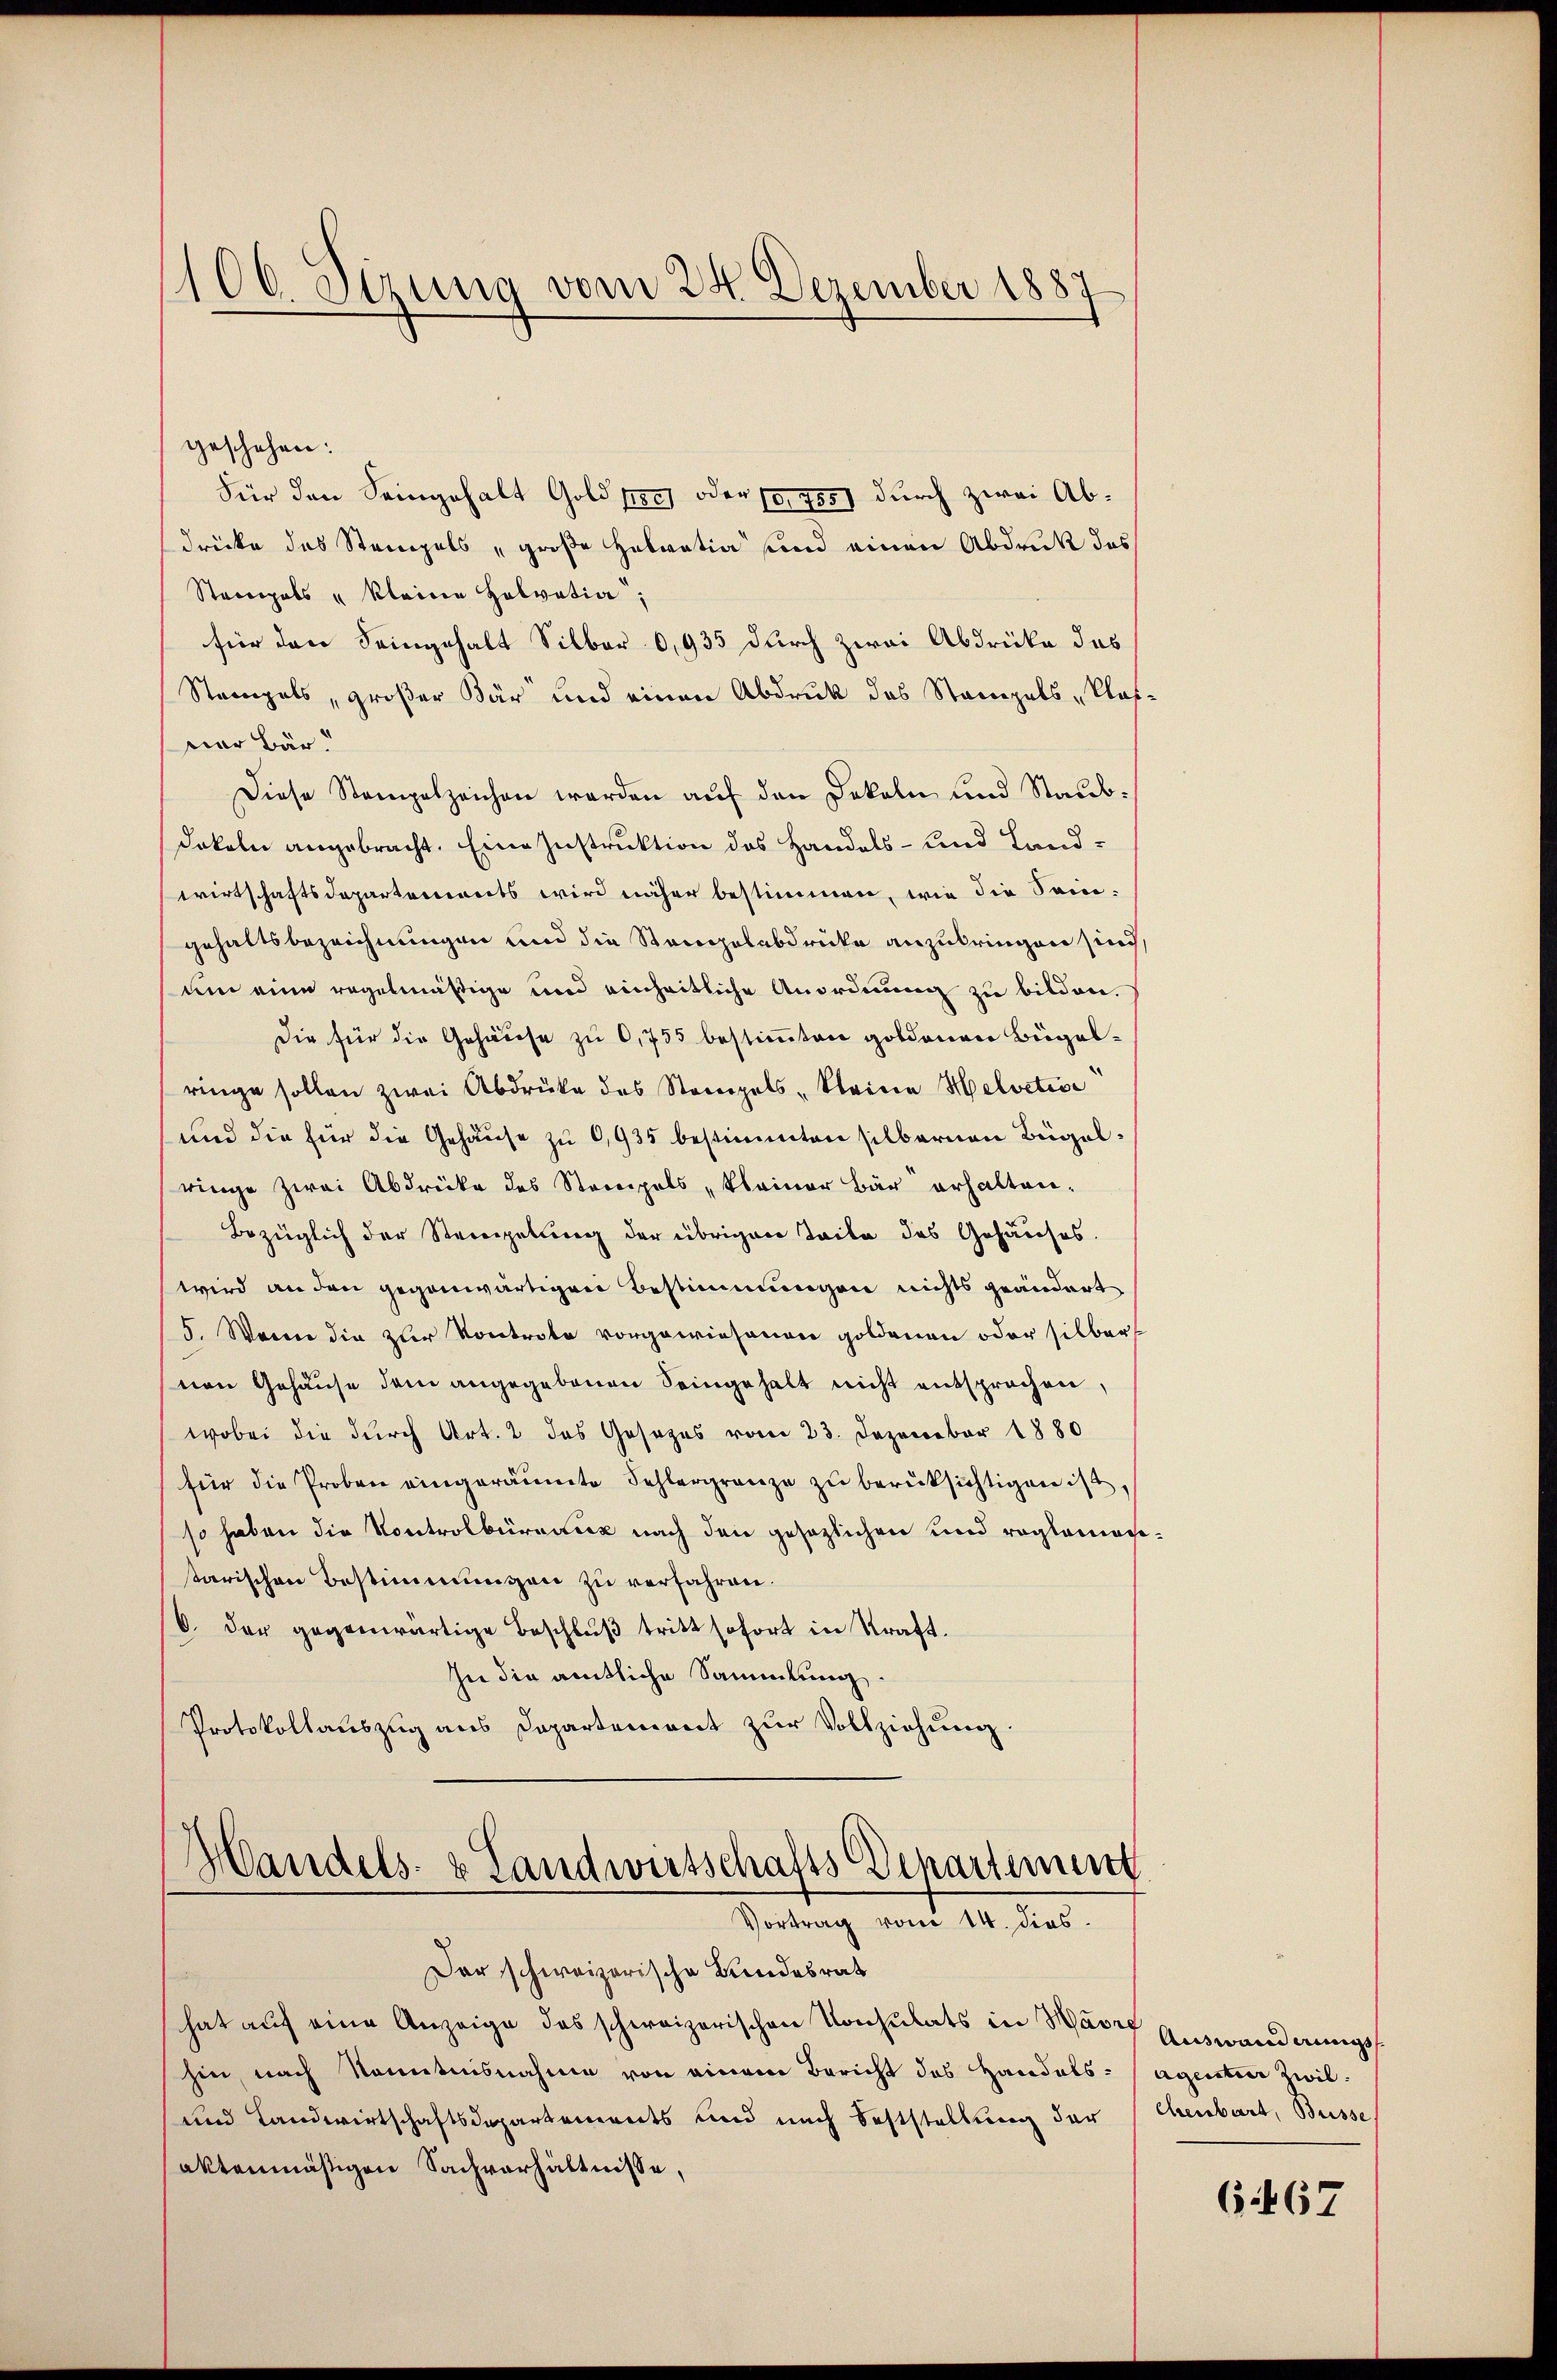
106. Sezung vom 24. Dezember 1887

geschehen:
Für den Seingehalt Gold pres oder fr. 705 durch zwei Abdrücke das Stempels „große Helvetia und einen Abdruk des
Strcopals " Kleine Helvetia,
für den Seingehalt Silber 0,935 durch zwei Abdrücke das
Stempels, großer Bär und einen Abdruck des Stampals „Plaf
ner Bär
Diese Stempelzeichen werden auf den Dokaln und Staubdokeln angebracht. Eine Instruktion des Handels- und Landwirtschaftsdepartements wird näher bestimmen, wie die Seingehaltsbezeichnungen und die Standelabdrücke anzubringen sind,
um eine regelmäßige und einheitliche Anordnung zu bilden.
Die für die Gehäuse zu 6,755 bestimmten goldenen Beigalringe sollen zwei Abdrüke des Stempels - Kleine Helvetice
und die für die Gehäuse zu 6,935 bestimmten silbernen Bügelringe zwei Abdrüke des Stempels kleiner Bär erhalten.
Bezüglich der Steingebung der übrigen Teile des Gehäuses.
wird an den gegenwärtigen Bestimmungen nichts geändert
5. Wenn die zur Kontrole vorgewiesenen goldenen oder silber
nen Gehäuse dem angegebenen Seingehalt nicht entsprochen,
wobei die durch Art. 2 des Gesezes vom 23. Dezember 1880
für die Proben eingeräumte Fehlergränze zu berüksichtigen ist,
so haben die Kontrolbüreaux nach den gesezlichen und reglemen
tarischen Bestimmungen zu verfahren.
b. der gegenwärtige Beschluß tritt sofort in Straft.
In die amtliche Sammlung.
Protokollauszug aus Departement zur Vollziehung.

Handels- & Landwirtschafts Departenunt
Vortrag vom 14. dies

Der schweizerische Bundesrat
hat auf eine Anzeige des schweizerischen Konsulats in Havre Auswanderungshin, nach Kenntnisnahme von einem Bericht des Handels- Agentier Zwil-
und Landwirtschaftsdepartements und nach Feststellung der
aktenmäßigen Sachverhältnisse,

chenbart, Busse

6467